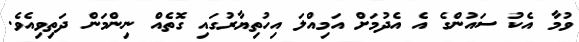
ވުމާ އެކު ސައުންގެ އެ އެދުމަށް އަމިއްލަ އިހުތިޔާރުގައި ގޮތެއް ނިންމަން ދަތިވިއެވެ.